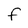
Character: f